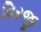
વિરજી